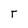
Character: r